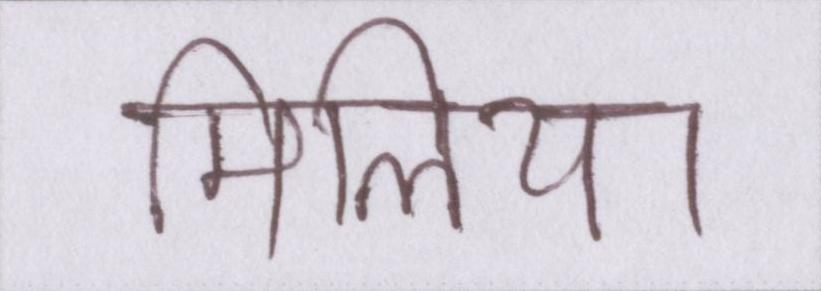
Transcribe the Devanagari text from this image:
मिलिया